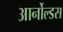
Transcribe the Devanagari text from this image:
आर्नोल्डस